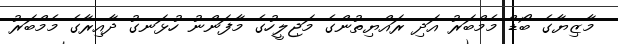
މާޒިޔާގެ ބޯޑް މެމްބަރު އަދި ރައްޔިތުންގެ މަޖިލީހުގެ މާފަންނު ހުޅަނގު ދާއިރާގެ މެމްބަރު